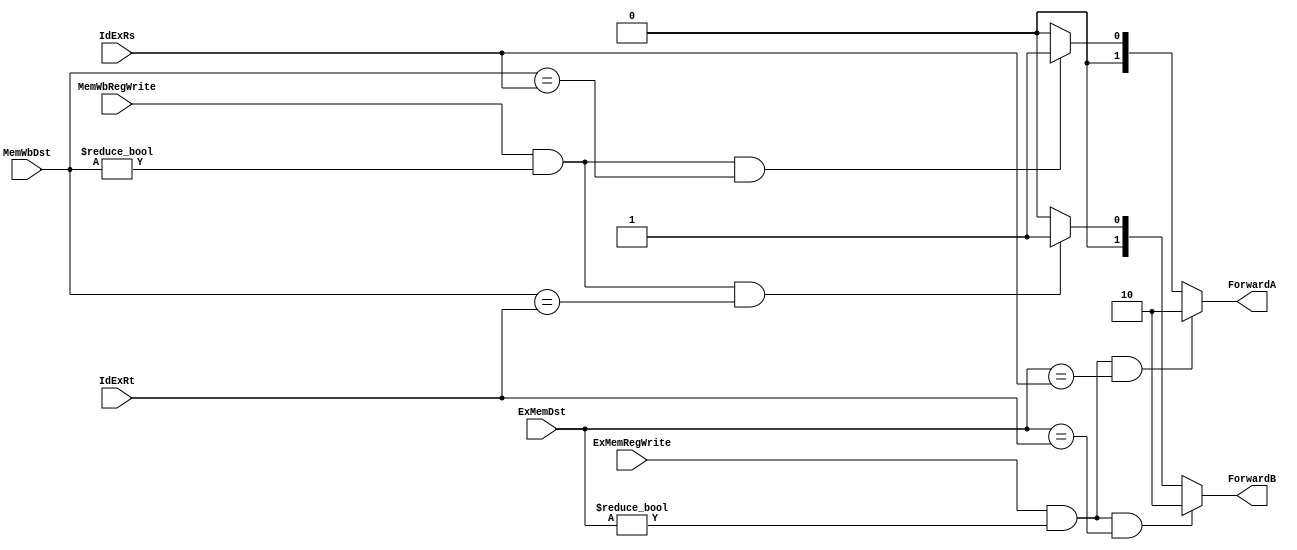
module Forwarding_Unit 
( ExMemRegWrite, MemWbRegWrite, ExMemDst, MemWbDst, IdExRs, IdExRt, ForwardA, ForwardB );
    input       [4:0]   ExMemDst, MemWbDst, IdExRs, IdExRt;
    input               ExMemRegWrite, MemWbRegWrite;
    output  reg [1:0]   ForwardA, ForwardB;

    initial
    begin
        ForwardA = 0;
        ForwardB = 0;
    end

    always @ ( ExMemRegWrite, MemWbRegWrite, ExMemDst, MemWbDst, IdExRs, IdExRt )
    begin
        if      ( ExMemRegWrite && ExMemDst != 0 && ExMemDst == IdExRs ) // 1 & 2 rs hazard
            ForwardA = 2'b10;
        else if ( MemWbRegWrite && MemWbDst != 0 && MemWbDst == IdExRs ) // 1 & 3 rs hazard
            ForwardA = 2'b01;
        else
            ForwardA = 2'b00;

        if      ( ExMemRegWrite && ExMemDst != 0 && ExMemDst == IdExRt ) // 1 & 2 rs hazard
            ForwardB = 2'b10;
        else if ( MemWbRegWrite && MemWbDst != 0 && MemWbDst == IdExRt ) // 1 & 3 rt hazard
            ForwardB = 2'b01;
        else
            ForwardB = 2'b00;
    end
endmodule